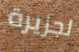
لجزيرة